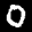
Label: 0